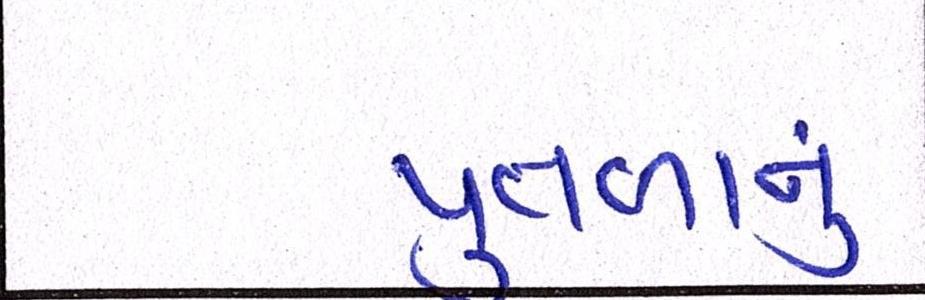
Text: પુતળાનું